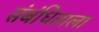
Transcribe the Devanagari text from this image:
संबंधिताला